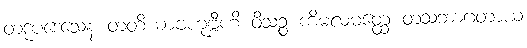
တဒုပဒေသေန တတိယာဗဟုဗ္ဗီဟိ ဝိသဉ္စ ကိမလမတ္ထေ တံသဘာဂတာယ